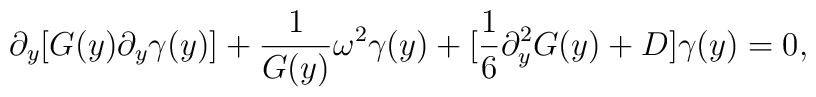
\partial_y [G(y) \partial_y \gamma(y)] + \frac{1}{G(y)}\omega^2\gamma(y)+  [\frac{1}{6} \partial_y^2G(y) + D] \gamma(y) = 0,